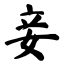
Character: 妾